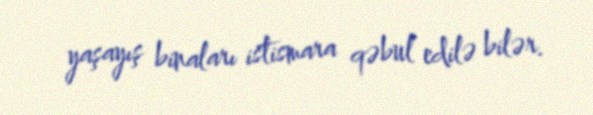
yaşayış binaları istismara qəbul edilə bilər.